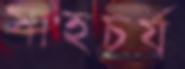
সাহচর্য